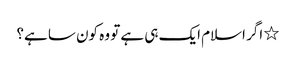
٭ اگر اسلام ایک ہی ہے تو وہ کون سا ہے؟